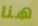
هنا